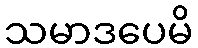
သမာဒပေမိ